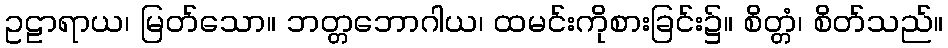
ဥဠာရာယ၊ မြတ်သော။ ဘတ္တဘောဂါယ၊ ထမင်းကိုစားခြင်း၌။ စိတ္တံ၊ စိတ်သည်။